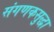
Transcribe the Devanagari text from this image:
संगणकसुद्धा